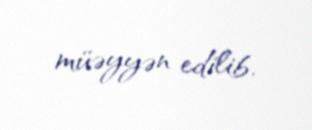
müəyyən edilib.